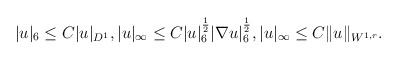
\begin{align*}|u|_6\leq C|u|_{D^1},|u|_{\infty}\leq C| u|^{\frac{1}{2}}_{6}| \nabla u|^{\frac{1}{2}}_{6}, |u|_{\infty}\leq C\|u\|_{W^{1,r}}.\end{align*}